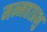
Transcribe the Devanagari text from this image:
मन्महाप्रभु